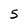
Character: 5